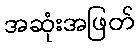
အဆုံးအဖြတ်